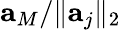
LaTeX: \mathbf{a}_{M}/\lVert\mathbf{a}_{j}\rVert_{2}